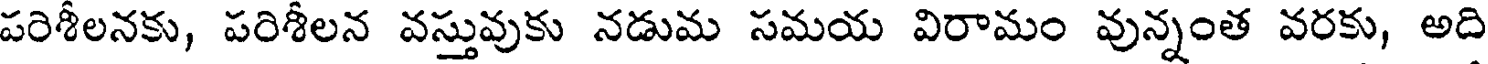
పరిశీలనకు, పరిశీలన వస్తువుకు నడుమ సమయ విరామం వున్నంత వరకు, అది